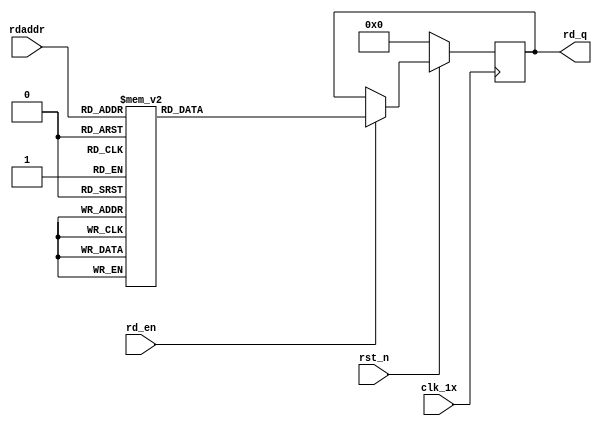
`timescale 1ns / 1ps
module F_normal_t12_next_Rom3(
input	          							clk_1x,
input	          							rst_n,
//////////////////////////////////////////////////////////////
input										rd_en,
input				[4:0]				rdaddr,
output		reg			[191:0]				rd_q
);

always @(posedge clk_1x)begin
	if(~rst_n)begin
		rd_q <= 192'b0;
	end
	else if(rd_en == 1'b1)begin
		case(rdaddr)
			5'h17: rd_q <= 192'b011011110010000001101000001111111010101000100100110011010011100001011010101010100100001110011010111011101111110011100111111001000101101101010100010110100101010011011000100101100011111010110111;
			5'h16: rd_q <= 192'b010110101000111010000001110010010001011011111101010010110010011111001100110000111010101111111100100110010011011011010010110110111010111000110110000111111011100000100100100000101001011010001011;
			5'h15: rd_q <= 192'b101101000101011010011001010000110101011001100111011000010101101101001111110111001110000110001101100011010001111100000011010011000101101100000101101101011010111100011011000100100110001100110101;
			5'h14: rd_q <= 192'b111110100010010000001010011100111011110011011100111110100011110001011001010111110100010000000101100000111110100100011011100011100010011110110001011011001010010000010101110001111001101001010111;
			5'h13: rd_q <= 192'b000100000010010000110101100000011001011011010011001110101100000010100100000011000010001111101000010011010000110010000010011000000101011000101101011010010001011001000100101010111110110000001010;
			5'h12: rd_q <= 192'b100101111111000111101101011000011000001001011001010001110001000100011011011110001011010010110101100100101000111101010101110000010110110001111011001000101011000010110000100010010011110000110110;
			5'h11: rd_q <= 192'b011110011001101110001110110110101101010001101011001111101001011001010110010011101110001110111011101111010000111011001101101101000000011110000111101111001010100111000101000100011111111111110000;
			5'h10: rd_q <= 192'b001001010110011001000011100110111011110011001000001011111101011010100000001100000111000001101010000111100001011010101100011011100111110100110100010011100111000011100001101101110000010001101101;
			5'h0f: rd_q <= 192'b001101100111101000000110110111001000001101110001111011010111011001111010110101110011000011100101011010110101011000001100101110000101011110100110000011010001000001011111001010000100100010010111;
			5'h0e: rd_q <= 192'b100001001001011100001011110110001010000110011101100001000111011100110111101101110101000110111010001110110100101010110111111110000100010010010010010110010100011011010001001010010101010110010011;
			5'h0d: rd_q <= 192'b000010111001001010011100100011111101011101000111010010001111000011111001110010000101101100011011010010010000101100011000001101010011011010011011010111001011011010010000010010101000110101101000;
			5'h0c: rd_q <= 192'b011111011010010000010110101010011001011011111101101010000000010010110001011000001001010010000101001001110110000000111101101011011000101011111011001001011110111001001010001111110111111011110011;
			5'h0b: rd_q <= 192'b101001101111111001011111110111101000010111101001010000111100110001110111100100100101110111110110001001100111010010000100111100101100100110111000100111000111001101101001010001011101010000010100;
			5'h0a: rd_q <= 192'b111000000011000111101100001110100000011001011001000001001001010101011001111011111011101100000111001101011100101100100000000101101001101110000111110100110110110010111100000100101010001010000101;
			5'h09: rd_q <= 192'b101011001011101010010101001000001101010001000000011100011101000111101001101001110001111111001011001000010110000000010100100010111010100000000111001110100001111001111110101010101011110100111101;
			5'h08: rd_q <= 192'b001010100000011010010010000001101110010111101101010110010111000001101111101111001011001000001101101010010000111111100100011000011111010101100010011110010010000000001001100110010101100110100000;
			5'h07: rd_q <= 192'b001110011100000010010110100010111011110100001101100101011110100101010100001010111001011110111100110010110110010000110011001001101110111111010111111011001111000101010000010101011000000001000101;
			5'h06: rd_q <= 192'b001110000001110000000100000011111111110110001010001101101110000001001100001100100010000111000001000011000011000000110001000101111011110010111100010011010001000011000010100011101010110001010100;
			5'h05: rd_q <= 192'b100100110111101000101110010100101010000011110001100101101000000000111101010111000100110101100110100011110111101100011101001001100110001010110111110010101010110100111111000000010101101111000100;
			5'h04: rd_q <= 192'b000110110101101101100000001000011011100000101001110000101101100010010110100101111100110010101011110111010011000001000010111001000011000010110111101000010101111110011011000110101000111011110110;
			5'h03: rd_q <= 192'b111011010110100001000100000000100000110000100000010111011011001101000110010110111111011011100101001101011110111111111000001011000000011000010100010101110001101100001011111100100011101000001001;
			5'h02: rd_q <= 192'b000101001001000010000010110011010100101110100000010011101111101000101101110111111110000010001011100110010000111111110000110101111000110100101010101101010001010001110010101110111001101100011000;
			5'h01: rd_q <= 192'b101111110000111010001100110001000101110111011100111010010010101000011100110000100001000110001100000010010010111101101000111011001001100111111001011001111110101001100001110111111111111000000101;
			5'h00: rd_q <= 192'b010010110100111111101010001001101100010110111010000101101111110011000111111100101001111001011010101100010110100000000011110010010110101010001111011111101000101100111001000001110001010000010011;
		default:rd_q <= 192'b0;
		endcase
	end
end

endmodule